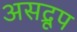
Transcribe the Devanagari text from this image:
असद्रूप